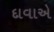
દાવાએ